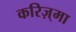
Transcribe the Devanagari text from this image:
करिज़्मा